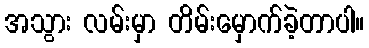
အသွား လမ်းမှာ တိမ်းမှောက်ခဲ့တာပါ။